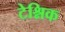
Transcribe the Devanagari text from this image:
टेश्निक